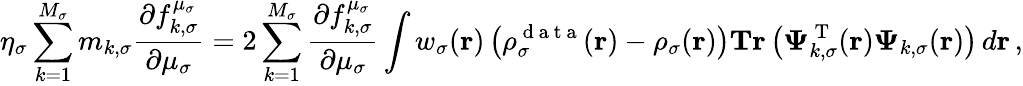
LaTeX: \eta_{\sigma}\sum_{k=1}^{M_{\sigma}}m_{k,\sigma}\frac{\partial f_{k,\sigma}^{\mu_{\sigma}}}{\partial\mu_{\sigma}}=2\sum_{k=1}^{M_{\sigma}}\frac{\partial f_{k,\sigma}^{\mu_{\sigma}}}{\partial\mu_{\sigma}}\int w_{\sigma}(\boldsymbol{\textbf{r}})\left(\rho_{\sigma}^{\mathrm{~d~a~t~a~}}(\boldsymbol{\textbf{r}})-\rho_{\sigma}(\boldsymbol{\textbf{r}})\right)\textbf{Tr}\left(\boldsymbol{\Psi}_{k,\sigma}^{\mathrm{~T~}}(\boldsymbol{\textbf{r}})\boldsymbol{\Psi}_{k,\sigma}(\boldsymbol{\textbf{r}})\right)\, d\boldsymbol{\textbf{r}}\, ,